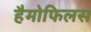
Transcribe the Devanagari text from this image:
हैमोफिलस